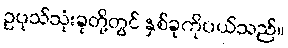
ဥပုသ်သုံးခုတို့တွင် နှစ်ခုကိုပယ်သည်။